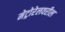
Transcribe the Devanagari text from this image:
मेट्रोरेलवरील